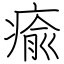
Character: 瘉